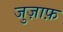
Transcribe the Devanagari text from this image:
जुज़ाफ़